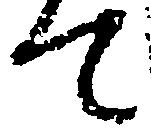
て